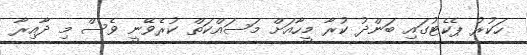
ހަކުރު ޕެކެޓުގައި ބަންދު ކުރާ މީހާއަށް މަސައްކަތް ކުރެވޭނީ ވެސް މި ދާއިރާ